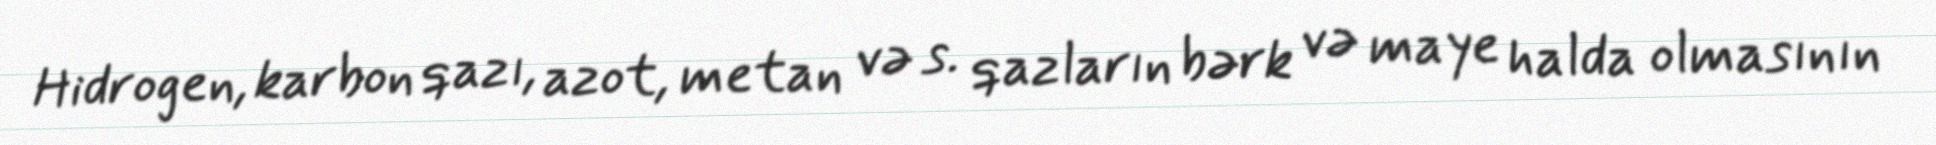
Hidrogen, karbon qazı, azot, metan və s. qazların bərk və maye halda olmasının